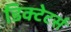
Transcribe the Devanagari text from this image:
डिक्टेटर्स